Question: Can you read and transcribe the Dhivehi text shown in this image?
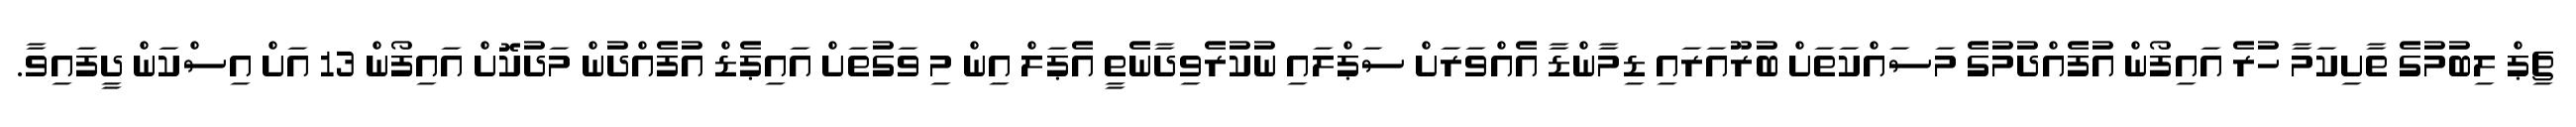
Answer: ޗިޕް ލިބުމުގެ ތާށިކަމާ ހުރެ އައިފޯން އުފެއްދުމުގެ މަސައްކަތަށް ބުރޫއަރައި ޑިމާންޑާ އެއްވަރަށް ސަޕްލައި ނުކުރެވިދާނެތީ އެޕަލް އިން މި ވަގުތަށް އައިޕެޑް އުފެއްދުން މަދުކޮށް އައިފޯން 13 އަށް އިސްކަން ދީފައިވާ.